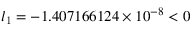
l _ { 1 } = - 1 . 4 0 7 1 6 6 1 2 4 \times 1 0 ^ { - 8 } < 0